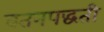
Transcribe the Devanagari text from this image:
वतनपद्धती